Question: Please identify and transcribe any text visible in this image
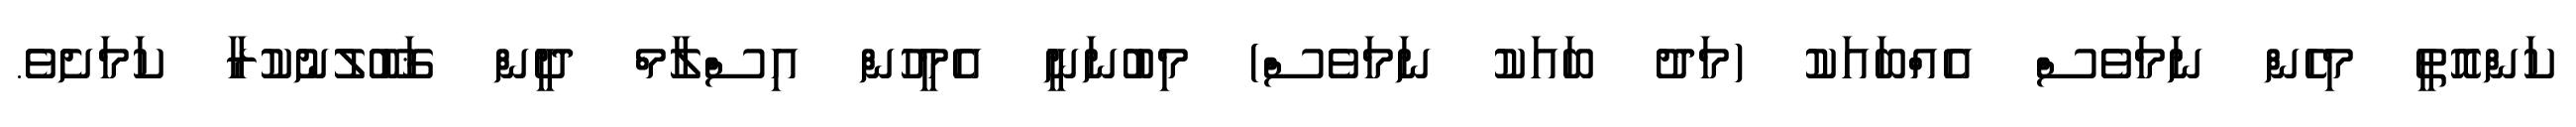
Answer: ކަންއޮތީ މިހެން ނަމަވެސް އެއްބައަކު (މަދު ބައަކު ނަމަވެސް) މިބުނަނީ އެމީހުން އިސްލާމް ދީން ޤަބޫލުނުކުރާ ކަމަށެވެ.